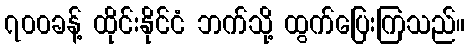
၇၀၀ခန့် ထိုင်းနိုင်ငံ ဘက်သို့ ထွက်ပြေးကြသည်။